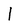
Character: 1